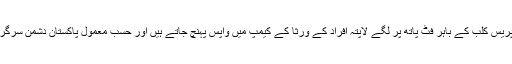
تینوں ٹیکسی پکڑ کے کراچی پریس کلب کے باہر فٹ پاتھ پر لگے لاپتہ افراد کے ورثا کے کیمپ میں واپس پہنچ جاتے ہیں اور حسبِ معمول پاکستان دشمن سرگرمیوں میں مشغول ہوجاتے ہیں۔